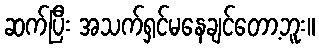
ဆက်ပြီး အသက်ရှင်မနေချင်တော့ဘူး။